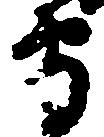
守